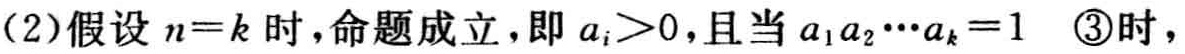
(2)假设 \(n = k\) 时，命题成立，即 \(a_{i}>0\)，且当 \(a_{1}a_{2}\cdots a_{k}=1\)  \textcircled{3}时，